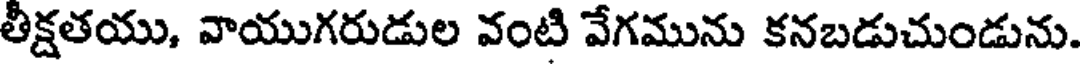
తీక్షతయు, వాయుగరుడుల వంటి వేగమును కనబడుచుండును.